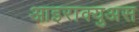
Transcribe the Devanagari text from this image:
आइराक्युअस